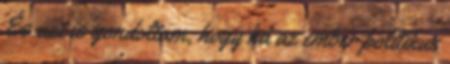
És azt is gondoltam, hogy ha az ember politikus